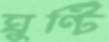
ঘুণ্টি